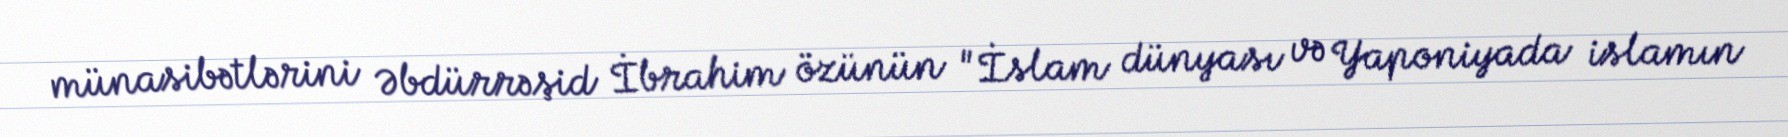
münasibətlərini Əbdürrəşid İbrahim özünün "İslam dünyası və Yaponiyada islamın